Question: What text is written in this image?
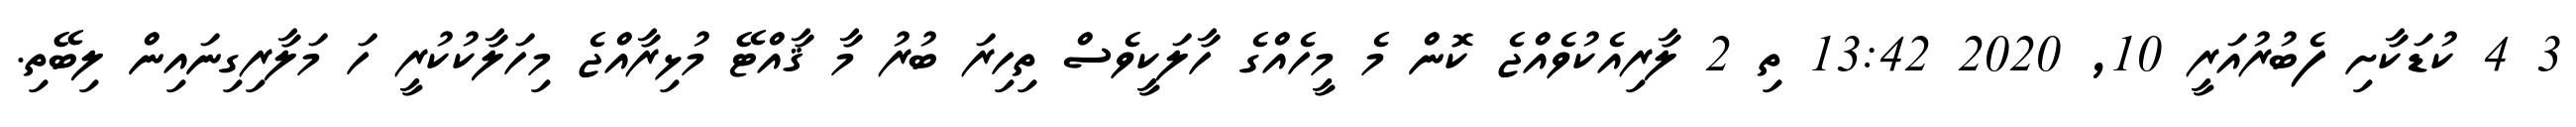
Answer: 3 4 ކުޑަކާށި ފެބުރުއަރީ 10, 2020 13:42 ތި 2 ލާރިއެކުވެއްޖެ ކޮން މެ މީހެއްގެ ހާލަކީވެސް ތިހިރަ ބުރު މާ ޤާއްޓޭ މުޅިރާއްޖެ މިހަލާކުކުރީ ހަ މަލާރިގިނައިން ލިބޭތި.